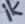
Text: 1K